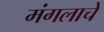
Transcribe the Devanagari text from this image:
मंगलाचे